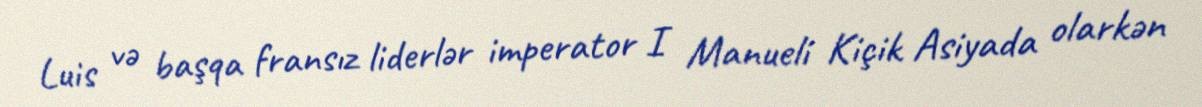
Luis və başqa fransız liderlər imperator I Manueli Kiçik Asiyada olarkən